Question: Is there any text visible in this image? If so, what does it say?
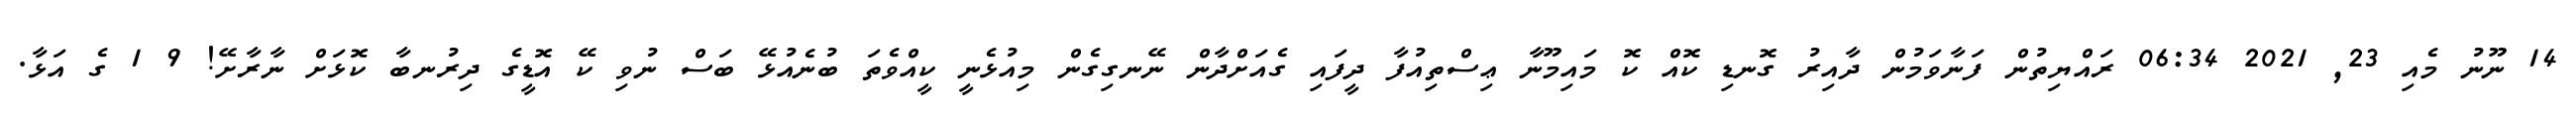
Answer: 14 ނޫނު މެއި 23, 2021 06:34 ރައްޔިތުން ފަނާވަމުން ދާއިރު ގޮނޑި ކޮއް ކޮ މައިމޫނާ ޢިސްތިއުފާ ދީފައި ގެއަށްދާން ނޭނގިގެން މިއުޅެނީ ކީއްވެތަ ބުނެއުޅޭ ބަސް ނުވި ކޭ އޮޑީގެ ދިރުނބާ ކޮޅަށް ނާރާށޭ! 9 1 ގެ އަޅާ.